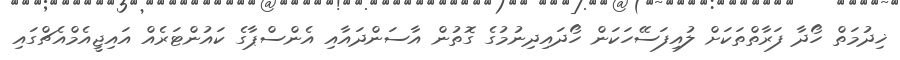
ޚިދުމަތް ހޯދާ ފަރާތްތަކަށް ލުއިފަސޭހަކަން ހޯދައިދިނުމުގެ ގޮތުން އާސަންދައާއި އެންސްޕާގެ ކައުންޓަރެއް އައިޖީއެމްއެޗްގައި